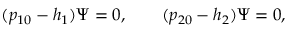
( p _ { 1 0 } - h _ { 1 } ) \Psi = 0 , \qquad ( p _ { 2 0 } - h _ { 2 } ) \Psi = 0 ,